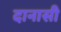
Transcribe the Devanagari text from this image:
दानासी